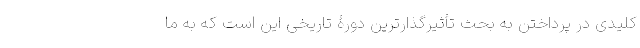
کلیدی در پرداختن به بحث تأثیر‌گذارترین دورۀ تاریخی این است که به ما